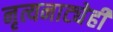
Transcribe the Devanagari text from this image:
नृत्यनाट्येही